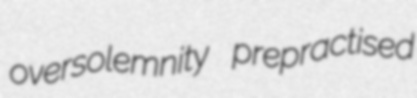
oversolemnity prepractised